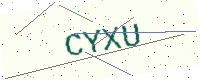
Text: CYXU